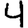
Digit: 4